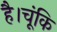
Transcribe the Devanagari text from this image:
है।चूंकि